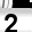
Digit: 2